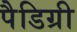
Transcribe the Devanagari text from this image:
पैडिग्री